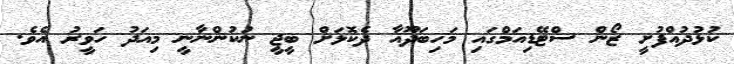
ކުޅުދުއްފުށީ ޒޯން ސްޓޭޑިއަމްގައި މަހިބަދޫއާ ދެކޮޅަށް ބީޖީ ނުކުންނާނީ މިއަދު ހަވީރު އެވެ.